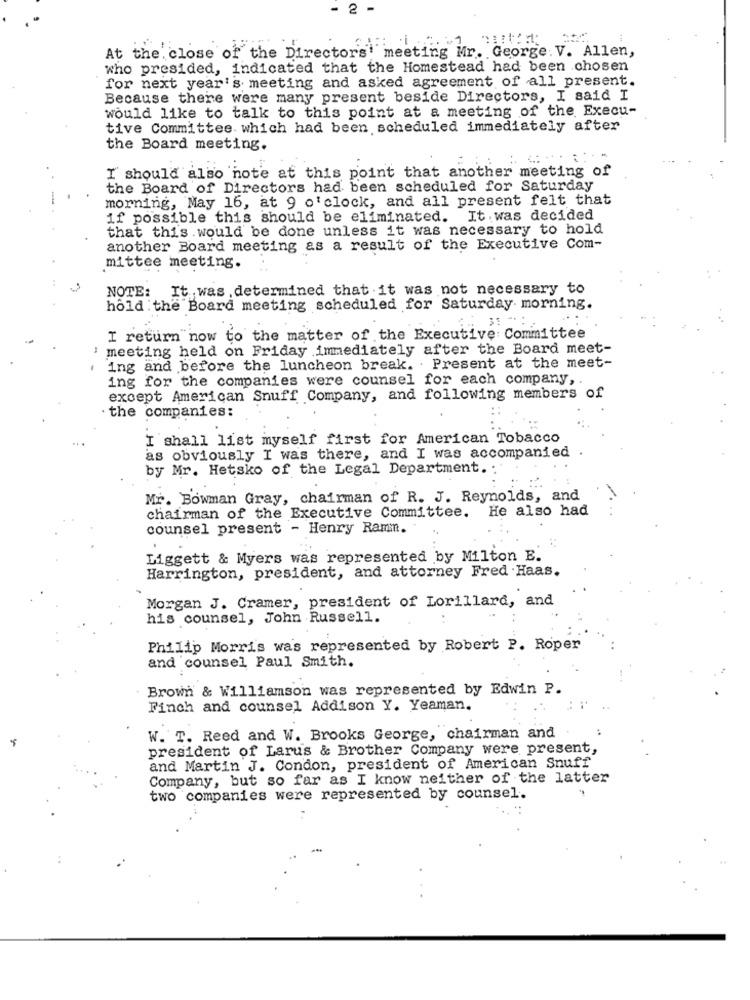
- 2 -
At the close of the Director's' meeting Mr. George. V. Allen,
who presided, indicated that the Homestead had been chosen
for next year's meeting and asked agreement of all present.
Because there were many present beside Directors, I said I
would like to talk to this point at a meeting of the Execu-
tive Committee which had been scheduled immediately after
the Board meeting.
I should also note at this point that another meeting of
the Board of Directors had been scheduled for Saturday
morning, May 16, at 9 o'clock, and all present felt that
if possible this should be eliminated. It. was decided
that this would be done unless it was necessary to hold
another Board meeting as a result of the Executive Com-
mittee meeting.
NOTE:
It was . determined that it was not necessary to
hold the Board meeting scheduled for Saturday morning.
:. 3 *:
I return now to the matter of the Executive Committee
meeting held on Friday immediately after the Board meet-
ing and before the luncheon break. . Present at the meet-
ing for the companies were counsel for each company ,.
except American Snuff Company, and following members of
the companies:
I shall list myself first for American Tobacco
as obviously I was there, and I was accompanied
by Mr. Hetsko of the Legal Department. .
Mr. Bowman Gray, chairman of R. J. Reynolds, and
chairman of the Executive Committee. He also had
counsel present - Henry Ramm.
Liggett & Myers was represented by Milton E.
Harrington, president, and attorney Fred Haas.
Morgan J. Cramer, president of Lorillard, and
his counsel, John Russell.
Philip Morris was represented by Robert P. Roper
and counsel Paul Smith.
Brown & Williamson was represented by Edwin P.
Finch and counsel Addison Y. Yeaman.
W. T. Reed and W. Brooks George, chairman and
president of Larus & Brother Company were present,
and Martin J. Condon, president of American Snuff
Company, but so far as I know neither of the latter
two companies were represented by counsel.